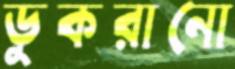
ডুকরানো